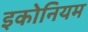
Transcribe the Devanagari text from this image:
इकोनियम